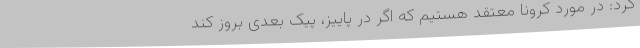
کرد: در مورد کرونا معتقد هستیم که اگر در پاییز، پیک بعدی بروز کند